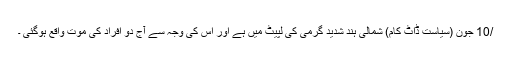
/10 جون (سیاست ڈاٹ کام) شمالی ہند شدید گرمی کی لپیٹ میں ہے اور اس کی وجہ سے آج دو افراد کی موت واقع ہوگئی ۔